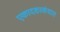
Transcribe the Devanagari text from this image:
एकादशस्‍कंधात